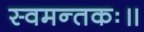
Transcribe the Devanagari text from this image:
स्वमन्तकः॥